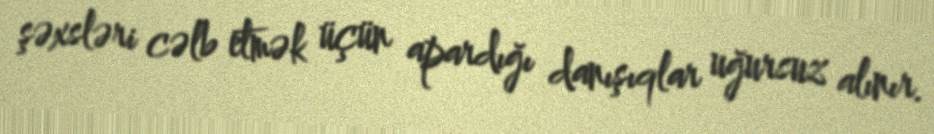
şəxsləri cəlb etmək üçün apardığı danışıqlar uğursuz alınır.